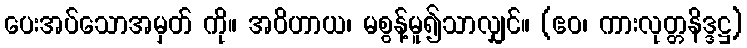
ပေးအပ်သောအမှတ် ကို။ အဝိဟာယ၊ မစွန့်မူ၍သာလျှင်။ (ဧဝ၊ ကားလုတ္တနိဒ္ဒဋ္ဌ)